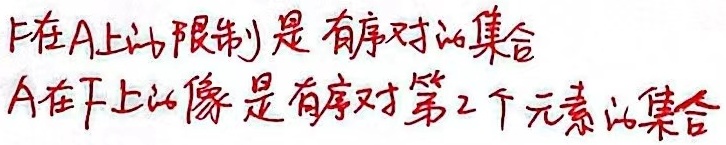
\(F\) 在 \(A\) 上的限制是有序对的集合。
\(A\) 在 \(F\) 上的像是有序对第 2 个元素的集合。